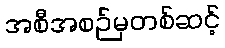
အစီအစဉ်မှတစ်ဆင့်